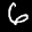
Label: 6